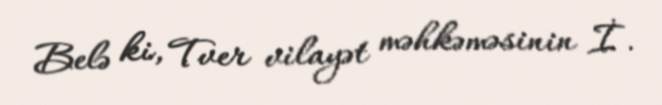
Belə ki, Tver vilayət məhkəməsinin İ.